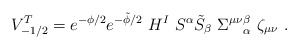
\begin{align*} V_{-1/2}^{T}= e ^{-\phi/2}e ^{-\tilde \phi/2}~ H^I~S^{\alpha} \tilde S_{\beta}~ {\Sigma^{\mu \nu}}_{\alpha}^{\beta}~\zeta_{\mu \nu} \ .\end{align*}